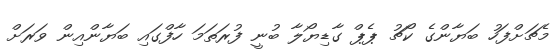
މެޗަށްފަހު ބަޔާންގެ ކޯޗު ޕެޕް ގާޑިޔޯލާ ބުނީ ފުރަތަމަ ހާފްގައި ބަޔާންއިން ވަރަށް